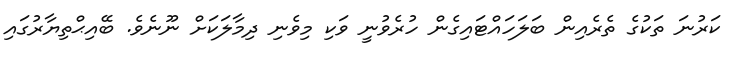
ކަރުނަ ތަކުގެ ތެރެއިން ބަލަހައްޓައިގެން ހުރެވުނީ ވަކި މިވެނި ދިމާލަކަށް ނޫނެވެ. ބޭއިޙްތިޔާރުގައި